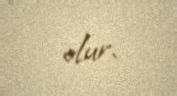
olur.